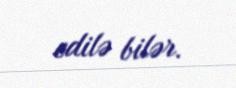
edilə bilər.